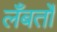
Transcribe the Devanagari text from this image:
लँबर्तो